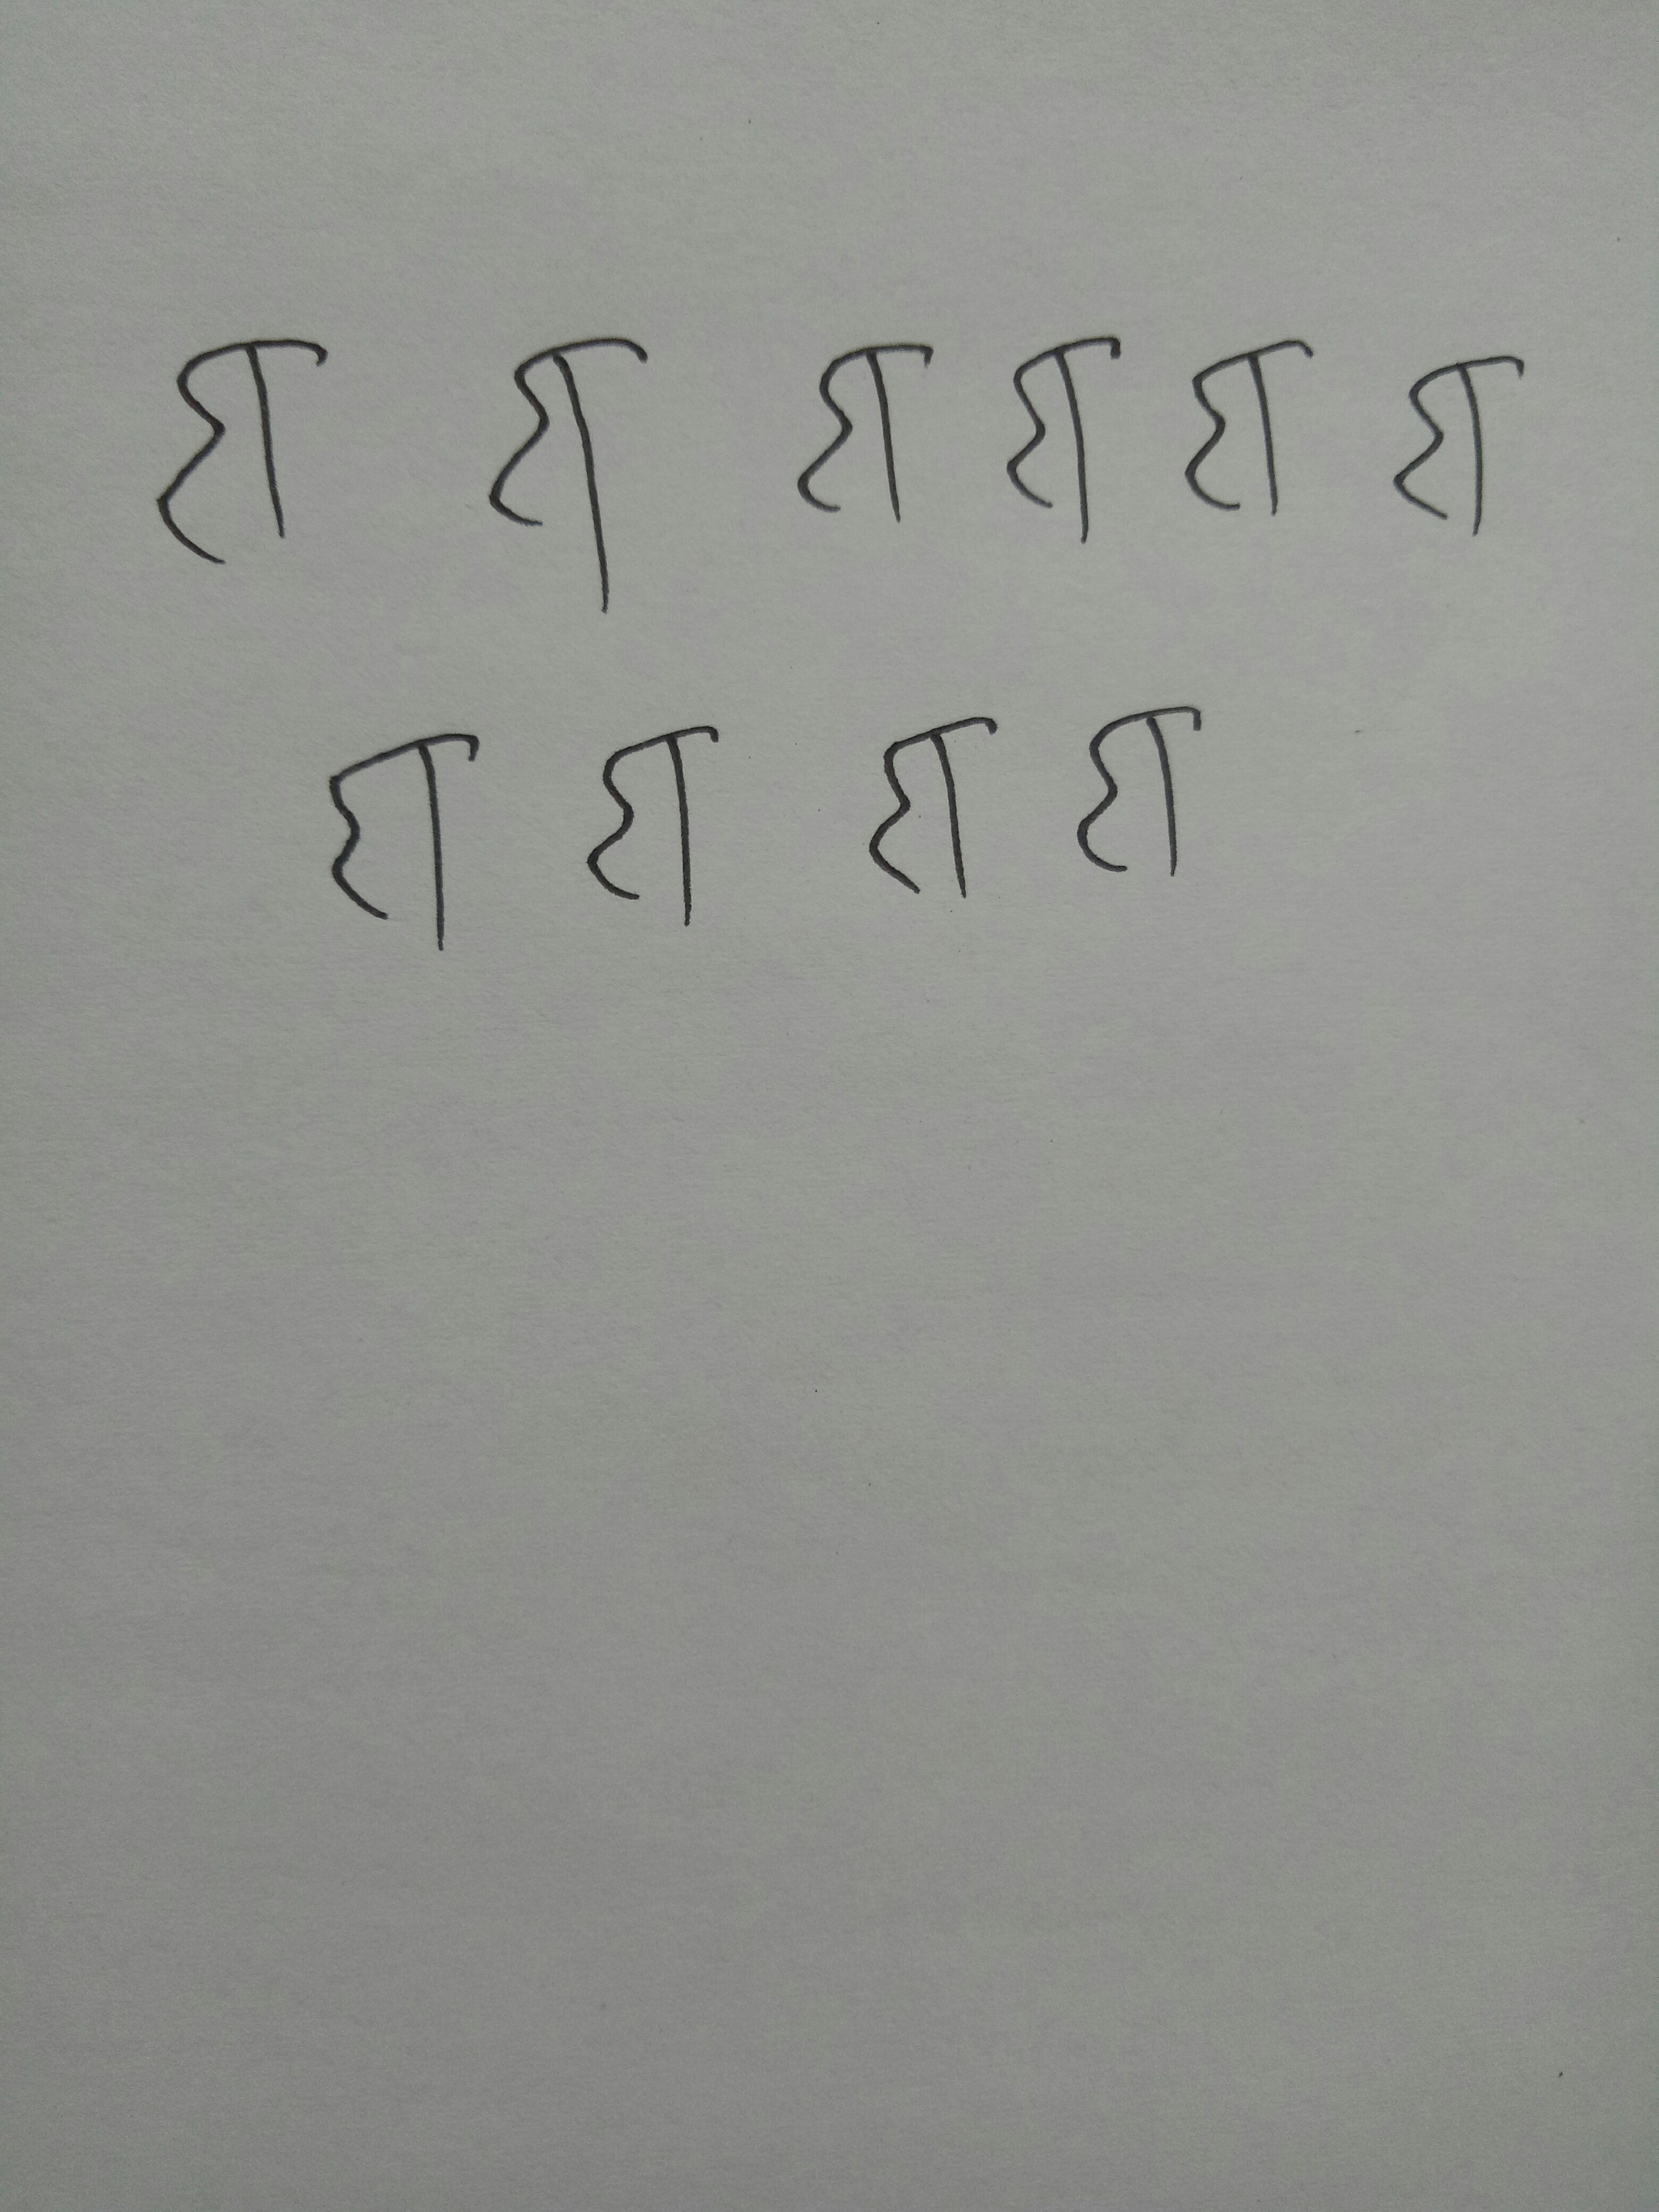
Signature authenticity: forged